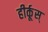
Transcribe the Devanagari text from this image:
हीर्कूस्